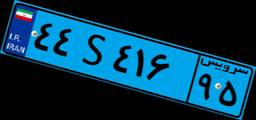
۸۷S۸۳۳۸۶